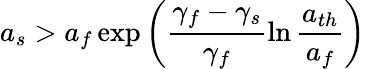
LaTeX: a_{s}>a_{f}\exp\left(\frac{\gamma_{f}-\gamma_{s}}{\gamma_{f}}\ln\frac{a_{th}}{a_{f}}\right)